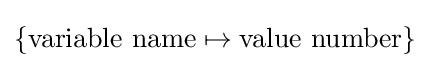
\left\{{\text{variable name}}\mapsto {\text{value number}}\right\}